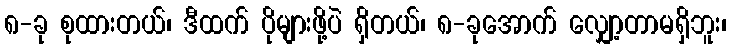
၈-ခု စုထားတယ်၊ ဒီထက် ပိုများဖို့ပဲ ရှိတယ်၊ ၈-ခုအောက် လျှော့တာမရှိဘူး၊